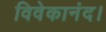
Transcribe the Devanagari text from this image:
विवेकानंद।